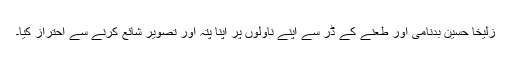
زُلیخا حُسین بدنامی اور طعنے کے ڈر سے اپنے ناولوں پر اپنا پتہ اور تصویر شائع کرنے سے احتراز کیا۔